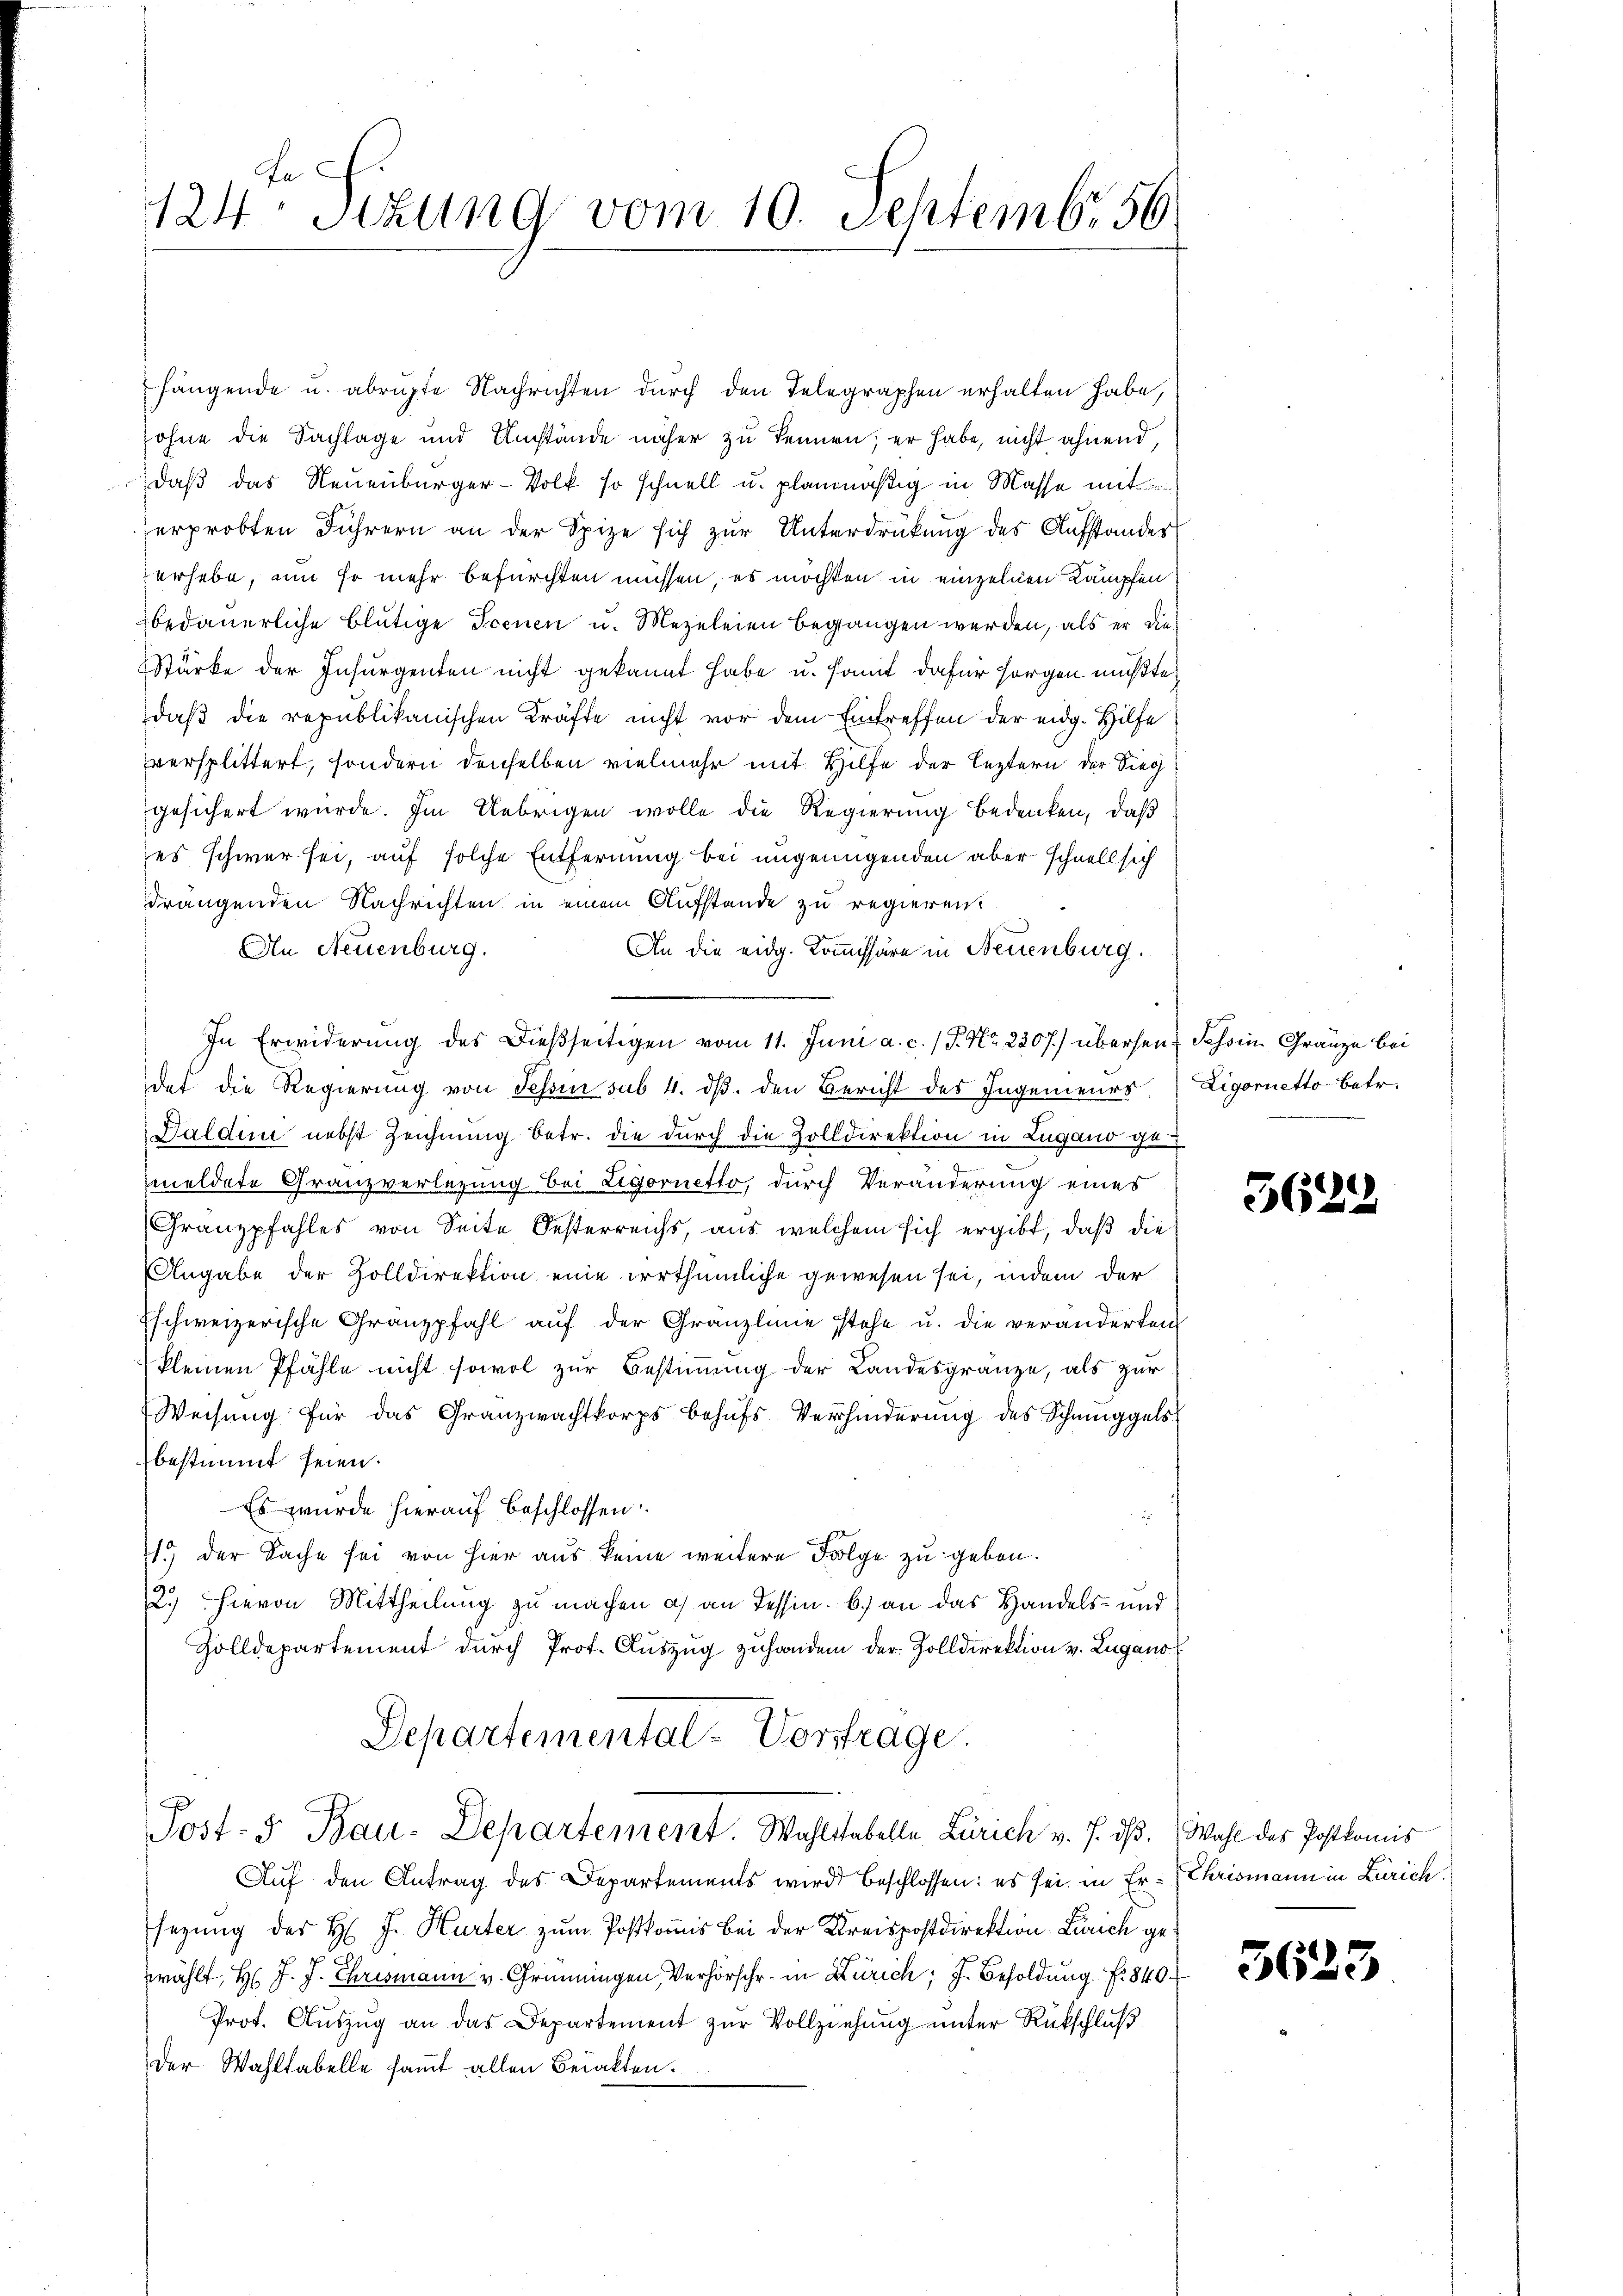
124ten Sizung vom 10. Septembr 56

hängende u. abrühte Nachrichten durch den Telegraphen erhalten habe,
sohne die Sachlage und Umstände näher zu kennen; er habe, nicht ahnend,
daß das Neuenburger-Volk so schnell u. planmäßig in Masse mit
erprobten Führern an der Spize sich zur Unterdrückung des Aufstander
erhebe, um so mehr befürchten müssen, es möchten in einzelnen Kämpfen
bedauerliche blutige Scenen u. Mezeleien begangen werden, als er die¬
Stärke der Insurgenden nicht gekannt habe u. somit dafür sorgen mußte,
daß die republikanischen Kräfte nicht vor dem Eintreffen der eidg. Hilfe
versplittert, sondern denselben vielmehr mit Hilfe der leztern der Sieg
gesichert wurde. Im Uebrigen wolle die Regierung bedenken, daß
es schwer sei, auf solche Entfernung bei ungenügenden aber schnell sich
sdrangenden Nachrichten in einem Aufstande zu regieren.
An Neuenburg.
An die eidg. Kommissäre in Neuenburg.
In Erwiderung des Dießseitigen vom 11. Juni a. c. / P. Nr. 2207) überseit Schein Gränze bei
dat die Regierung von Sessen sub 4. ds. den Bericht des Ingenieurs
Haldin nebst Zeichnung betr. die durch die Zolldirektion in Lugano gemeldete Granzverlegung bei Ligornetto, durch Veränderung eines
Granzpfahles von Seite Oesterreichs, aus welchem sich ergibt, daß die
Angabe der Zolldirektion eine irrthümliche gewesen sei, indem der
Eschweizerische Gränzpfahl auf der Granzlinie stehe u. die veränderten,
kleinen Pfähle nicht sowol zur Bestimmung der Landesgränze, als zur
Weisung für das Granzwachtkorps behufs Verhinderung des Schmuggelsbestimmt seien.
Es wurde hierauf beschlossen:
1.) der Sache sei von hier aus keine weitere Folge zu geben.
2.) Hievon Mittheilung zu machen a) an Tessin. b.) an das Handels- und
Zolldepartement durch Prot. Auszug zuhanden der Zolldirektion v. Lugano
Departemental-Vortrage.

Post- 5. Bau-Departement. Wahltabelle Zürich v. J. dß. Wahl des Postkomis

Auf den Antrag des Departements wird beschlossen: es sei in Er- (Chrismann in Zürich.
sezung der H. J. Hurter zum Postkomis bei der Kreispostdirektion Zürich gewählt, H. J. J. Chrismann v. Grünningen, Verhörschr. in Zürich; J. Besoldung f. 849
Prot. Aŭszŭg an das Departement zŭr Vollziehŭng ŭnter Rückschlŭβ
der Wahltabelle samt allen Beiakten.

Ligoretto betr.

5622

3623